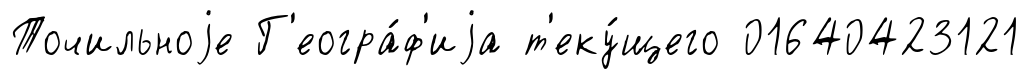
Точильноjе Г'еогра́ф'иjа т'еку́щего 01640423121